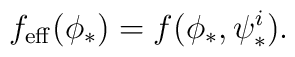
f_{\mathrm{eff}}(\phi_*)=f(\phi_*,\psi^i_*).